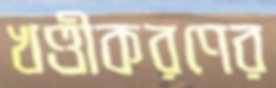
খণ্ডীকরণের